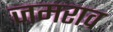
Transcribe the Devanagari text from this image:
जमराव